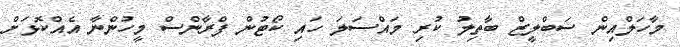
މާހަލްއިން ސަބްލީޒް ބާތިލު ކުރި މައްސަލަ ހައި ކޯޓުން ފްރާންސް މީހުންނާ އެއްކޮޅަށް